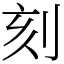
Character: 刻